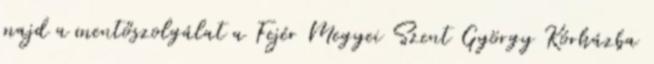
majd a mentőszolgálat a Fejér Megyei Szent György Kórházba